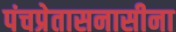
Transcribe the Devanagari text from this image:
पंचप्रेतासनासीना